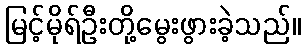
မြင့်မိုရ်ဦးတို့မွေးဖွားခဲ့သည်။